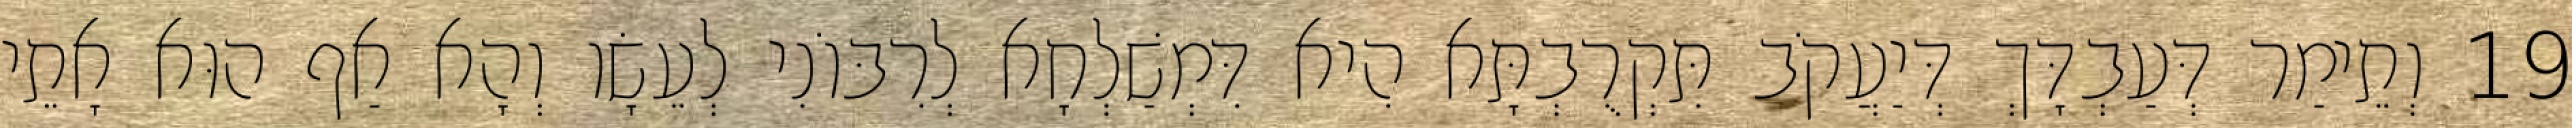
19 וְתֵימַר דְּעַבְדָּךְ דְּיַעֲקֹב תִּקְרֻבְתָּא הִיא דִּמְשַׁלְחָא לְרִבּוֹנִי לְעֵשָׂו וְהָא אַף הוּא אָתֵי